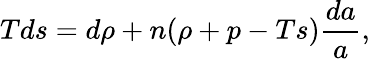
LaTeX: Tds=d\rho+n(\rho+p-Ts){\frac{da}{a}},